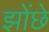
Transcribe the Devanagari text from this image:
झोंछे